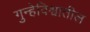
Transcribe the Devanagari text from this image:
गुन्हेविश्वातील